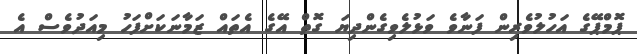
ޕޮމްޕޭގެ އަހުލުވެރިން ފަނާވެ ވަޅުލެވިގެންދިޔަ ގޮތް އޭގެ އެތައް ޒަމާނަކަށްފަހު މިއަދުވެސް އެ